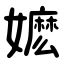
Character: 嬷